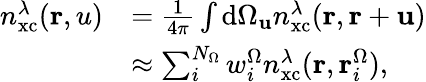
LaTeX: \begin{array}{rl}{n_{\mathrm{xc}}^{\lambda}(\mathbf{r},u)}&{=\frac{1}{4\pi}\int\mathrm{d}\Omega_{\mathbf{u}}n_{\mathrm{xc}}^{\lambda}(\mathbf{r},\mathbf{r}+\mathbf{u})}\\ &{\approx\sum_{i}^{N_{\Omega}}w_{i}^{\Omega}n_{\mathrm{xc}}^{\lambda}(\mathbf{r},\mathbf{r}_{i}^{\Omega}),}\end{array}